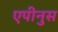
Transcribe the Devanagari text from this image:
एपीनुस